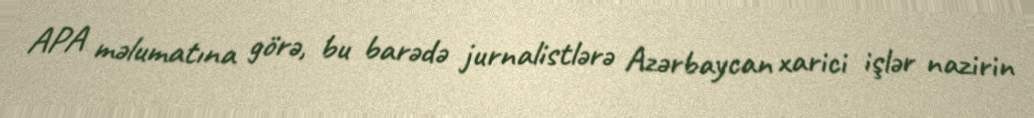
APA məlumatına görə, bu barədə jurnalistlərə Azərbaycan xarici işlər nazirin